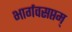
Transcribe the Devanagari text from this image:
भार्गवसप्तम्